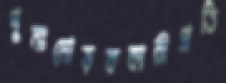
পুনঃমোড়ককারীপ্রতি